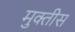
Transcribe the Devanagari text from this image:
मुक्तीस